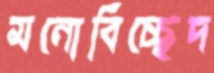
মনোবিচ্ছেদ